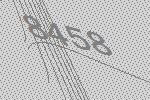
8458